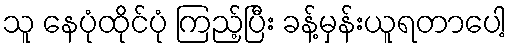
သူ နေပုံထိုင်ပုံ ကြည့်ပြီး ခန့်မှန်းယူရတာပေါ့